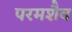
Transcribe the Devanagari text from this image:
परमशैव